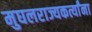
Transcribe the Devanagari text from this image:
मुघलराज्यकर्त्यांना